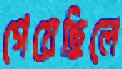
গেয়েছিলে